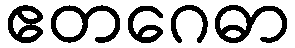
ဧတဂေဓာ